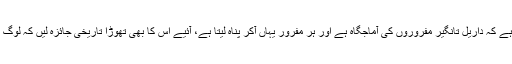
جی بی میں ایک تاثر یہ پایا جاتا ہے کہ داریل تانگیر مفروروں کی آماجگاہ ہے اور ہر مفرور یہاں آکر پناہ لیتا ہے، آئیے اس کا بھی تھوڑا تاریخی جائزہ لیں کہ لوگ اس غلط فہمی کا شکا ر کیوں ہیں۔